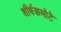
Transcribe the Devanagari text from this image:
शीर्षकमोटे